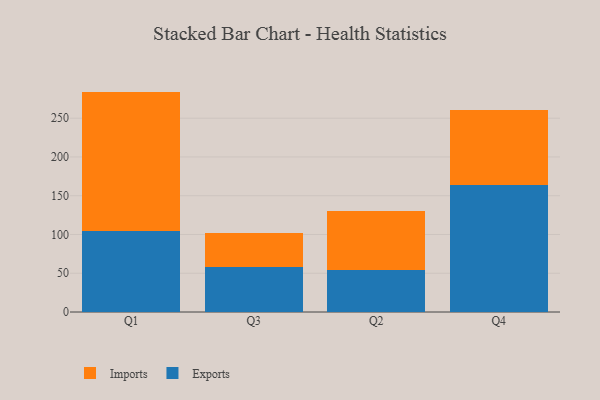
{"axis": {"x": "Quarter", "y": "Inventory Turnover"}, "legend": ["Exports", "Imports"], "data": [{"x": "Q1", "y": 104.4, "type": "Exports"}, {"x": "Q1", "y": 179.9, "type": "Imports"}, {"x": "Q3", "y": 58.1, "type": "Exports"}, {"x": "Q3", "y": 43.8, "type": "Imports"}, {"x": "Q2", "y": 54.6, "type": "Exports"}, {"x": "Q2", "y": 76.0, "type": "Imports"}, {"x": "Q4", "y": 163.8, "type": "Exports"}, {"x": "Q4", "y": 96.4, "type": "Imports"}]}